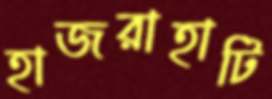
হাজরাহাটি